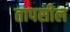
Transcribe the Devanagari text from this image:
तापसील